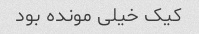
کیک خیلی مونده بود